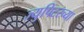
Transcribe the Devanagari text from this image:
ज्युपिटरच्या